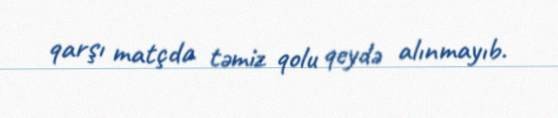
qarşı matçda təmiz qolu qeydə alınmayıb.